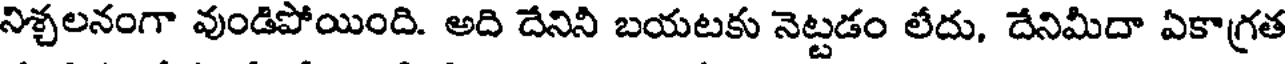
నిశ్చలనంగా వుండిపోయింది. అది దేనిని బయటకు నెట్టడం లేదు, దేనిమీదా ఏకాగ్రత